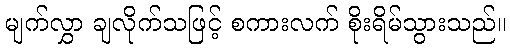
မျက်လွှာ ချလိုက်သဖြင့် စကားလက် စိုးရိမ်သွားသည်။